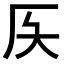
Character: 𠨮